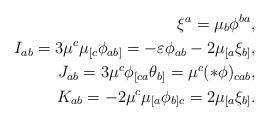
LaTeX: \begin{align*}\xi^a = \mu_b \phi^{ba}, \\I_{ab}= 3 \mu^c \mu_{[c} \phi_{ab]} = -\varepsilon \phi_{ab} - 2 \mu_{[a} \xi_{b]}, \\J_{ab} = 3 \mu^c \phi_{[ca} \theta_{b]} = \mu^c (\ast \phi)_{cab}, \\K_{ab} = -2 \mu^c \mu_{[a} \phi_{b]c} = 2 \mu_{[a} \xi_{b]} . \end{align*}